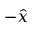
- \hat { x }